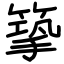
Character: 篫